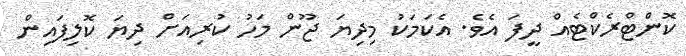
ކޮންޓްރެކްޓެއް ދީފަ އެވެ. އެކަަމަކު މިދިޔަ ޖޫން މަހު ކުރިއަށް ދިޔަ ކޮލިފައިން